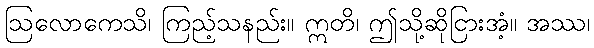
ဩလောကေသိ၊ ကြည့်သနည်း။ ဣတိ၊ ဤသို့ဆိုငြားအံ့။ အဿ၊